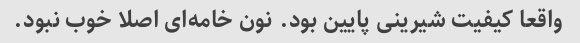
واقعا کیفیت شیرینی پایین بود. نون خامه‌ای اصلا خوب نبود.